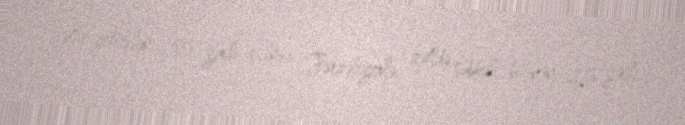
qətlə yetirilən 35 yaşlı Elmir Fərzəliyevlə, qətldə şübhəli bilinən 25 yaşlı